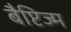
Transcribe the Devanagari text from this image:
बैप्टिज्म